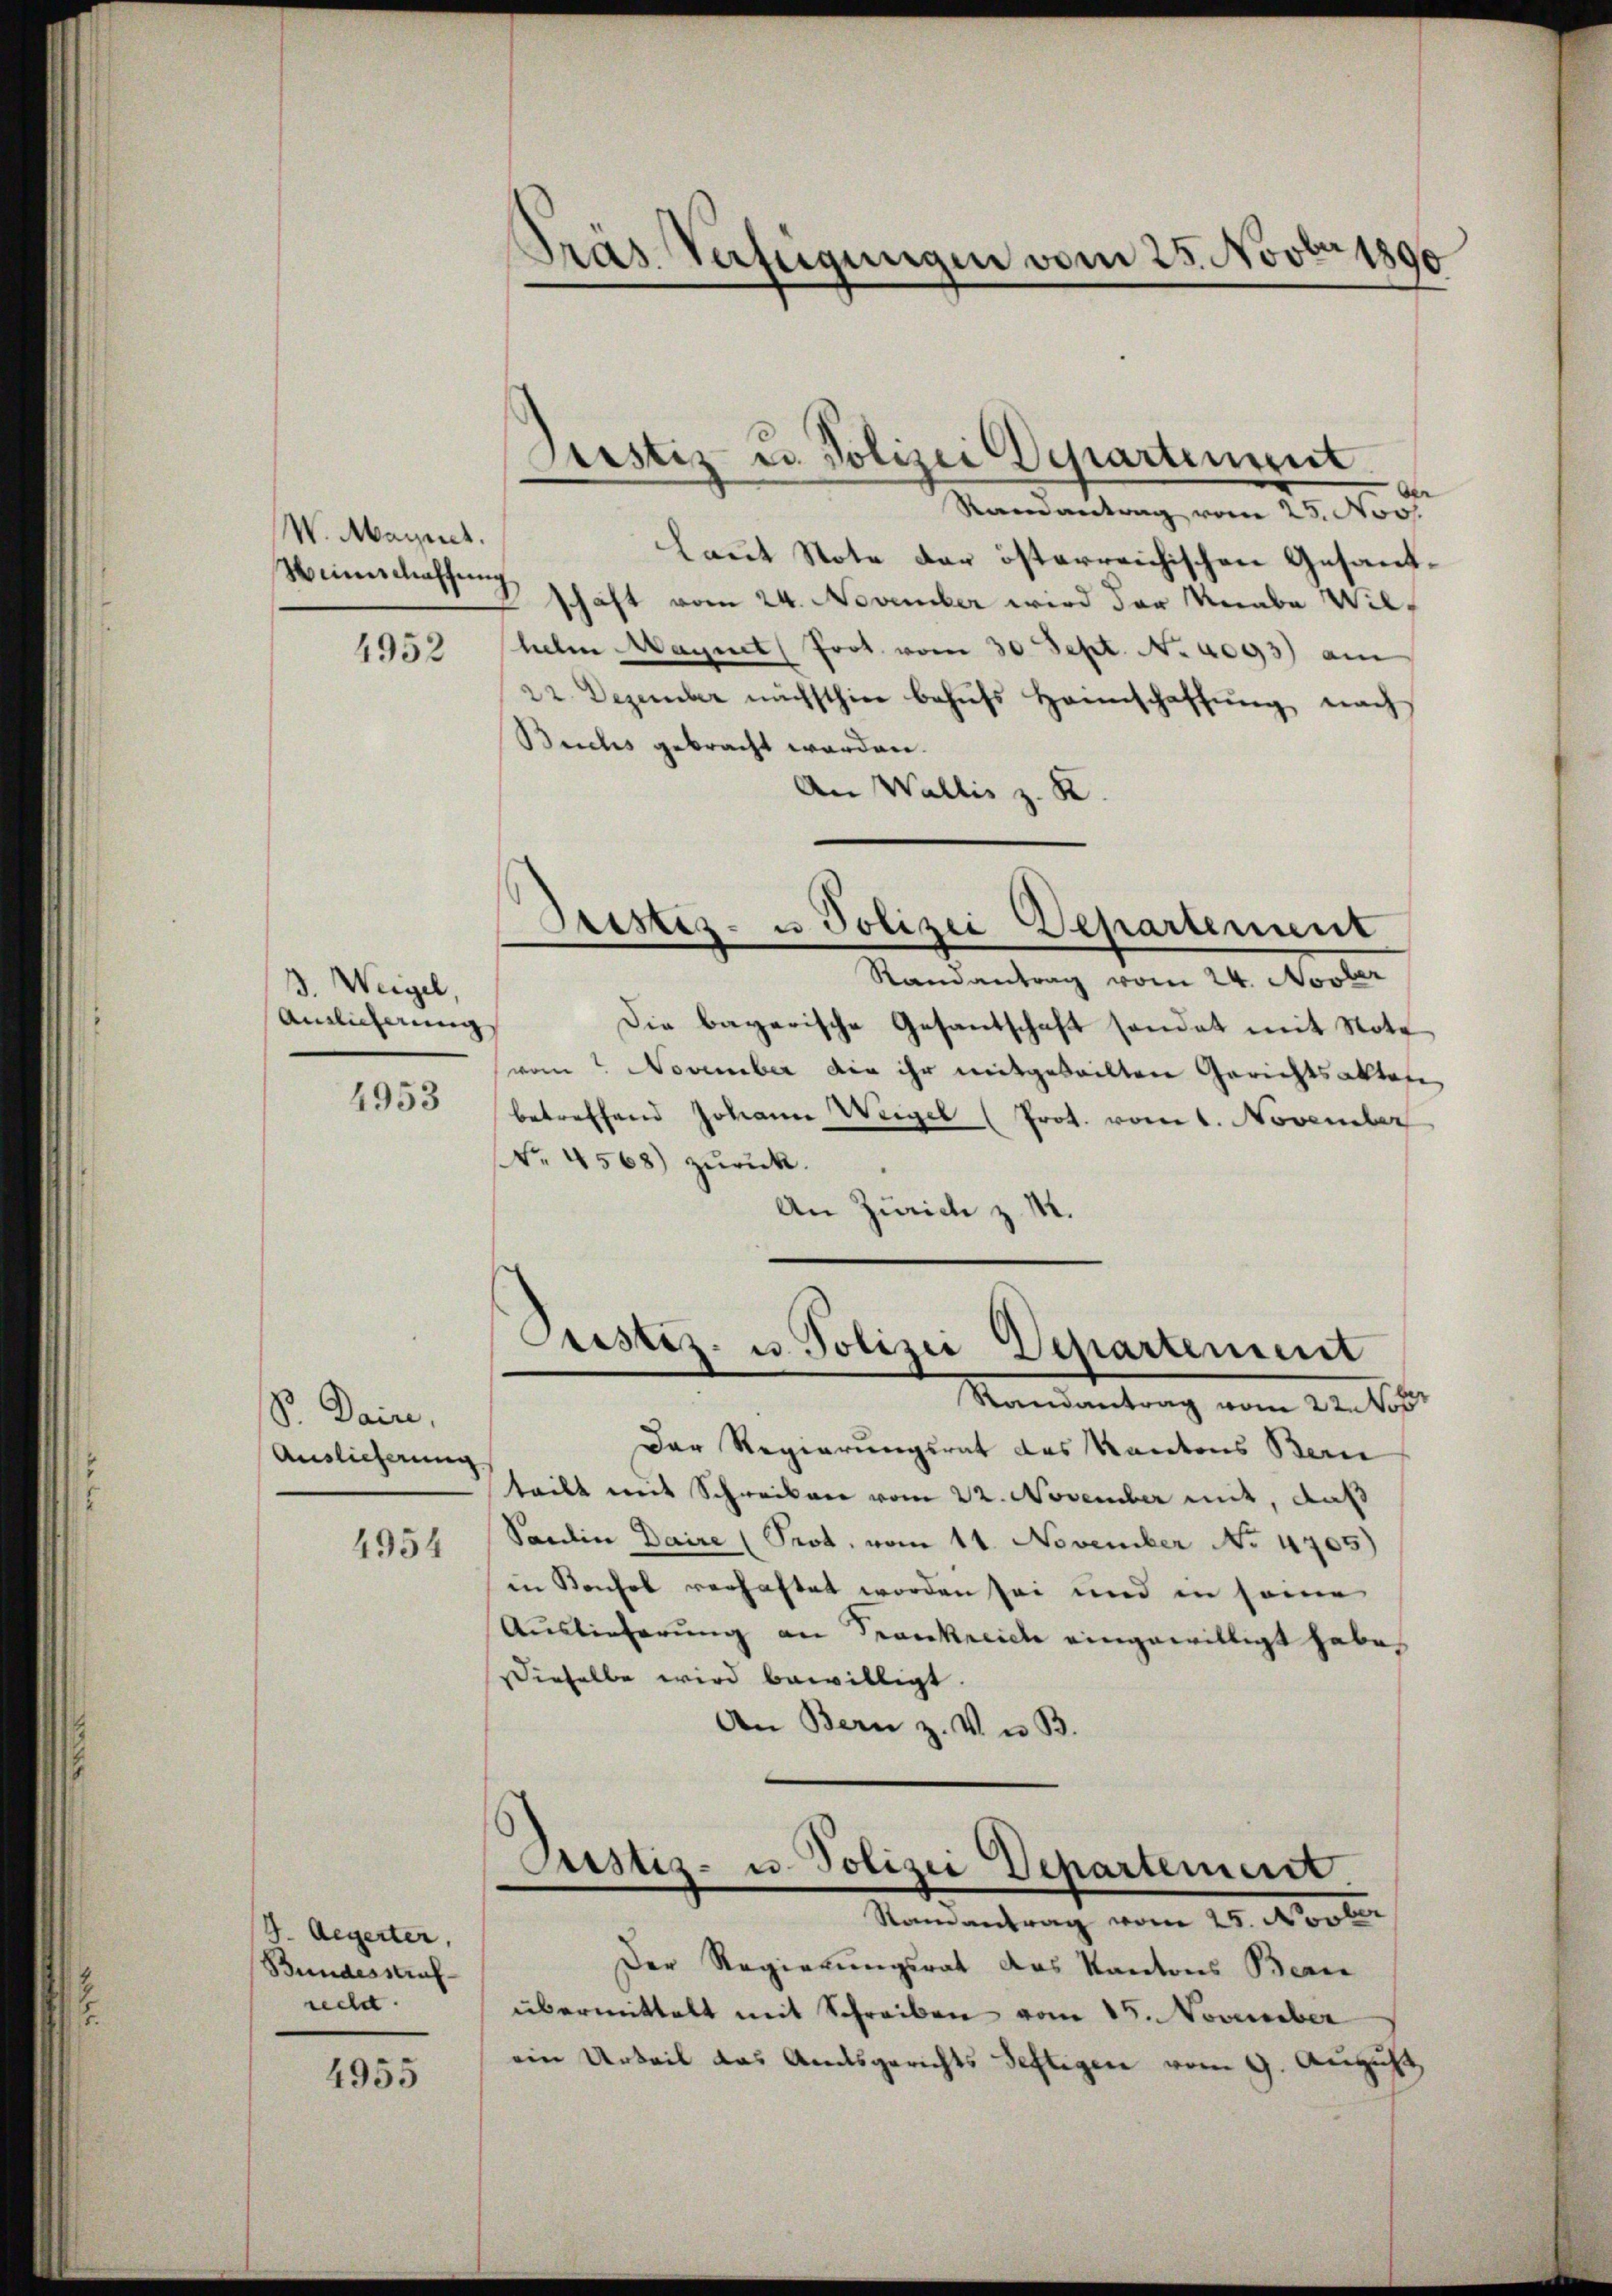
W. Maynet.
Weinschaffung

4952

3. Weigel,
Ainlicherung

4953

S. Deine,
Auslieferung.

4954

J. Aegerter,
Bundesstraf
recht.

4955

Dräs Verfügungen vom 25. Novber 1890

Kamantrag vom 25. Nov.
Laut Note der österreichischen Gesandschaft vom 24. November wird der Knabe Wilhelm Magnet Prot. vom 30 Sept. N. 4093) am
22. Dezember nächsthier behŭfs Hannschaffŭng nach
Buchs gebracht werden.
An Wallis z. R.
Sistiz- u Polizei Departement
Randantrag vom 24. Novber
Die bayerische Gesantschaft sondet mit Note
vom November die ihr mitgeteilten Gerichtsakten
betreffend Johann Weigel (Prot. vom 1. November
No. 4568) zŭrück.
An Zürich z. M.

Justiz- u. Polizei Departenweit

Randantrag vom 22. Nobr
Der Regierungsrat des Kantons Bern
teilt mit Schreiben vom 22. November mit, daß
Santin Daire (Prot. vom 11. November No. 4705)
in Konsol verhaftet worden sei und in seine
Auslieferung an Trankreich eingewilligt habe.
Dieselbe wird bewilligt.
An Bern z. V. B.

Justiz- u Polizei Departement

Justiz- u. Polizei Departement.
Randantrag vom 25. Novber

Der Regierungsrat des Kantons Beri
übermittelt mit Schreiben vom 15. November
ein Urteil das Amtsgerichts Seftigen vom 9. August,